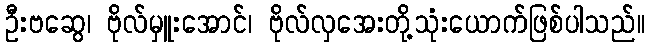
ဦးဗဆွေ၊ ဗိုလ်မှူးအောင်၊ ဗိုလ်လှအေးတို့သုံးယောက်ဖြစ်ပါသည်။